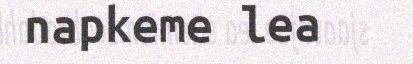
napkeme lea